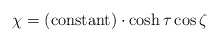
\begin{align*}\chi =({\rm constant})\cdot \cosh \tau \cos \zeta\end{align*}